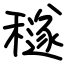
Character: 穟